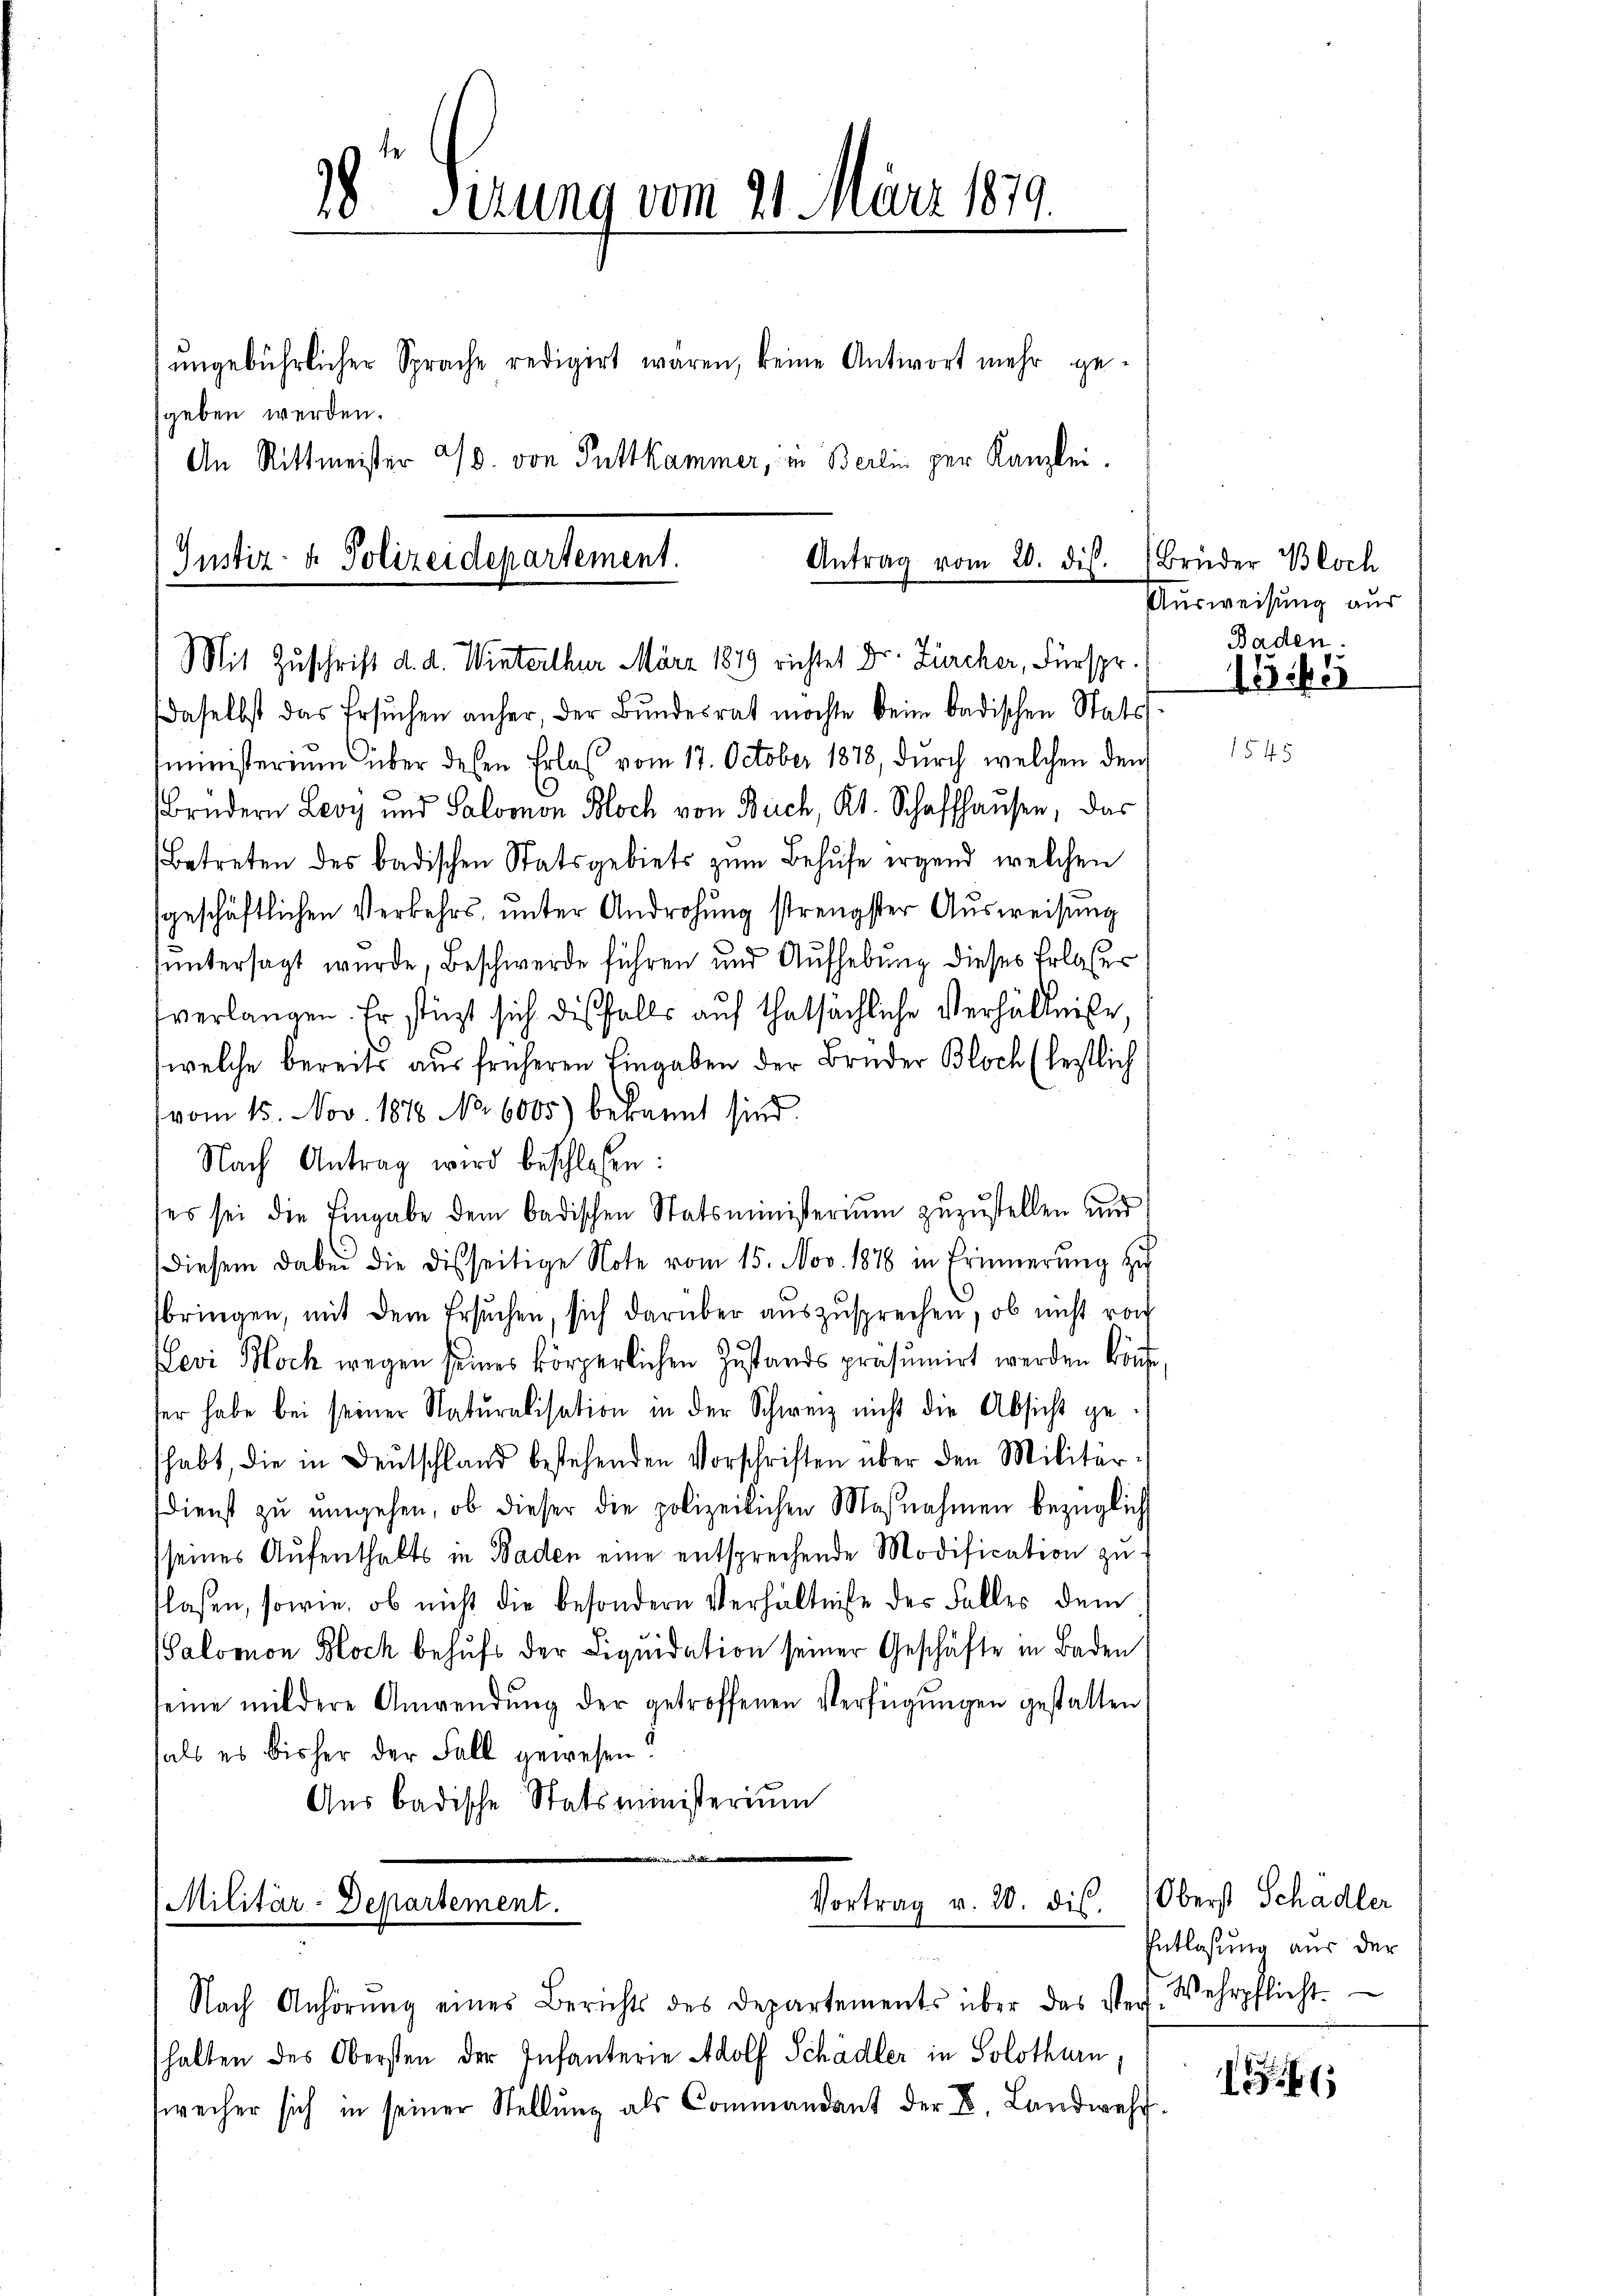
28er Verung vom 21. März 1879.
ŭngebührlicher Sprache redigirt waren, keine Antwort mehr ge-
sgeben werden.
An Rittmeister 2/3. von Puttkammer, in Berlin per Kanzlei.

Justiz- & Polizeidepartement.
Antrag vom 20. dis.
Mit Zuschrift d. d. Winterthur März 1879 richtet Dr. Zürcher, Fürspr.

daselbst das Ersuchen anher der Bundesrat möchte kein badischen Stats
sministerium über dessen Erlaß vom 17. October 1878, durch welchen den
brüdern Leoy und Salomon Bloch von Buch, Kt. Schaffhausen, das
Betreten des badischen Statsgebiets zum Behufe irgend welchen
sgeschäftlichen Verkehrs ŭnter Androhŭng strengster Aŭsweisung
untersagt wurde, Beschwerde führen und Aufhebung dieses Erlasser
tverlangen. Er stüzt sich diesfalls auf thatsächliche Verhältniße,
(welche bereits aus früheren Eingaben der Bruder Bloch (lestlich
vom 15. Nov. 1878 No 6005) bekannt sind.
Nach Antrag wird beschloßen:
es sei die Eingabe dem badischen Statsministerium zuzustellen und
diesem dabei die disseitige Note vom 15. Nov. 1878 in Erinnerung zu
sbringen, mit dem Ersuchen, sich darüber auszusprechen, ob nicht von
evi Bock wegen seines körperlichen Zustandspräsumirt werden könne,
ser habe bei seiner Naturalisation in der Schweiz nicht die Absicht ge
habt, die in Deutschland bestehenden Vorschriften über den Militär-
dienst zu umgehen, ob dieser die polizeilichen Maßnahmen bezüglich
sseines Aufenthalts in Baden eine entsprechende Modification zu
flassen, sowie, ob nicht die besondern Verhältnisse der Falles dem
Salomon Bloch behufs der Liquidation seiner Geschäfte in Baden
seine mildere Anwendŭng der getroffenen Verfügŭngen gestatten
hals es bisher der Fall gewesen?
Aus badische Statsministerium

dich den de
Vortrag v. 20. dis.
(Militär-Departement.

Nach Anhörŭng eines Berichts des Departements über das Vers. Wehrpflicht.
halten des Obersten der Infanterie Adolf Schädler in Solothurn,
weiher sich in seiner Stellŭng als Commandant der B. Landwehr

Brieder Bloch
Ausweisung aus
Baden.

1945

Oberst Schadler
Entlassung aus der

4